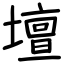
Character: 壇